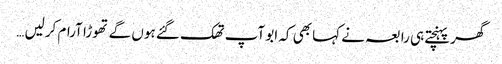
گھر پہنچتے ہی رابعہ نے کہا بھی کہ ابو آپ تھک گئے ہوں گے تھوڑا آرام کرلیں …